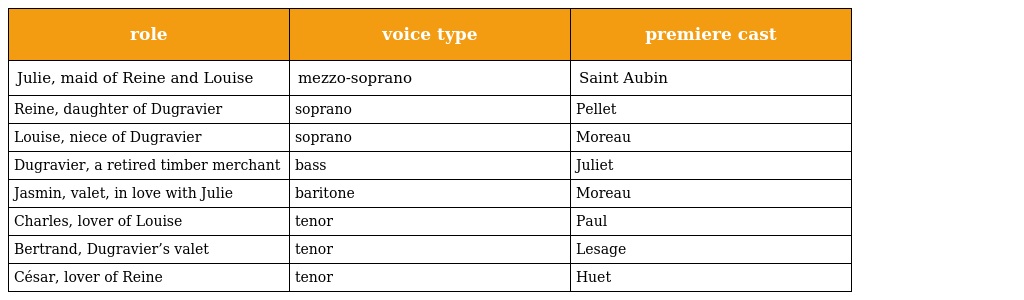
| role | voice type | premiere cast |
 | --- | --- | --- |
 | Julie, maid of Reine and Louise | mezzo-soprano | Saint Aubin |
 | Reine, daughter of Dugravier | soprano | Pellet |
 | Louise, niece of Dugravier | soprano | Moreau |
 | Dugravier, a retired timber merchant | bass | Juliet |
 | Jasmin, valet, in love with Julie | baritone | Moreau |
 | Charles, lover of Louise | tenor | Paul |
 | Bertrand, Dugravier’s valet | tenor | Lesage |
 | César, lover of Reine | tenor | Huet |